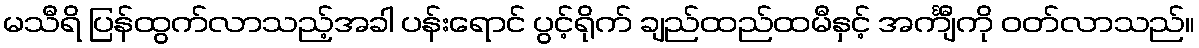
မသီရိ ပြန်ထွက်လာသည့်အခါ ပန်းရောင် ပွင့်ရိုက် ချည်ထည်ထမီနှင့် အင်္ကျီကို ဝတ်လာသည်။